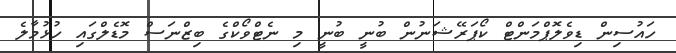
ހައުސިން ޑިވެލޮޕްމަންޓް ކޯޕަރޭޝަނުން ބުނީ ބުނީ މި ނެޓްވޯކްގެ ބިޒްނަސް މޮޑެލްގައި ހުޅުމާލެ